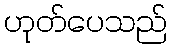
ဟုတ်ပေသည်